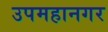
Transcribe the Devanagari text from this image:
उपमहानगर